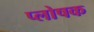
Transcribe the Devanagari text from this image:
प्लोषक